Scottish Leaving Certificate Examination, 1957
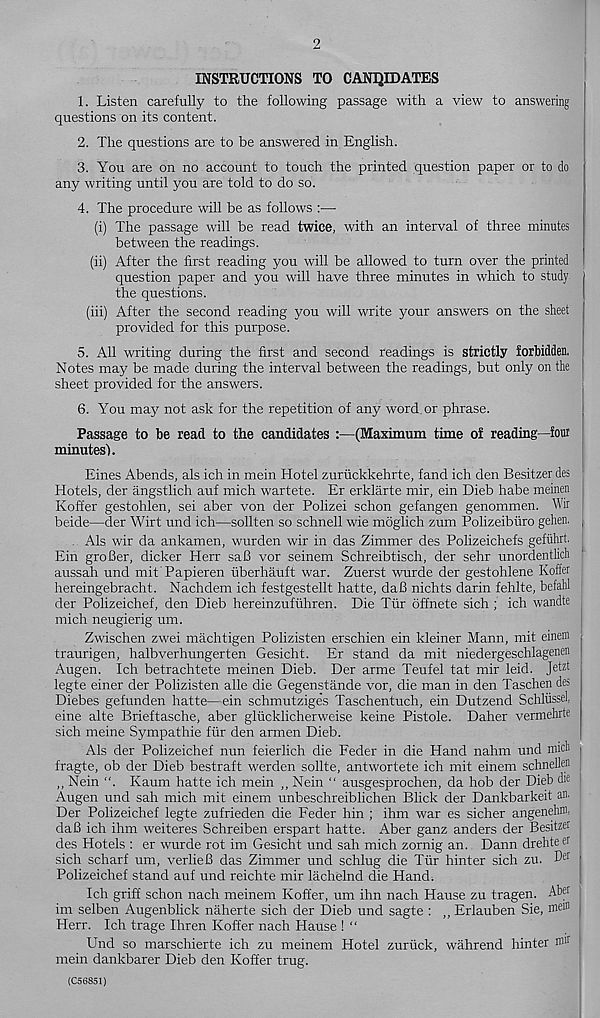
2
INSTRUCTIONS TO CANDIDATES
1. Listen carefully to the following passage with a view to answering
questions on its content.
2. The questions are to be answered in English.
3. You are on no account to touch the printed question paper or to do
any writing until you are told to do so.
4. The procedure will be as follows :—
(i) The passage will be read twice, with an interval of three minutes
between the readings.
(ii) After the first reading you will be allowed to turn over the printed
question paper and you will have three minutes in which to study
the questions.
(iii) After the second reading you will write your answers on the sheet
provided for this purpose.
5. All writing during the first and second readings is strictly forbidden,
Notes may be made during the interval between the readings, but only on the
sheet provided for the answers.
6. You may not ask for the repetition of any word or phrase.
Passage to be read to the candidates :—(Maximum time of reading—four
minutes).
Eines Abends, als ich in mein Hotel zuriickkehrte, fand ich den Besitzer des
Hotels, der angstlich auf mich wartete. Er erklarte mir, ein Dieb habe meinen
Koffer gestohlen, sei aber von der Polizei schon gefangen genommen. Wir
beide—der Wirt und ich—sollten so schnell wie moglich zum Polizeiburo gehen. ,
Als wir da ankamen, wurden wir in das Zimmer des Polizeichefs gefulirt.
Ein groBer, dicker Herr saB vor seinem Schreibtisch, der sehr unordentlich
aussah und mit'Papieren uberhauft war. Zuerst wurde der gestohlene Koffer
hereingebracht. Nachdem ich festgestellt hatte, daB nichts darin fehlte, befahl
der Polizeichef, den Dieb hereinzufuhren. Die Tiir offnete sich ; ich wandte
mich neugierig um.
Zwischen zwei machtigen Polizisten erschien ein kleiner Mann, mit einenr
traurigen, halbverhungerten Gesicht. Er stand da mit niedergeschlagenen
Augen. Ich betrachtete meinen Dieb. Der arme Teufel tat mir leid. Jetzt
legte einer der Polizisten alle die Gegenstande vor, die man in den Taschen des
Diebes gefunden hatte—ein schmutziges Taschentuch, ein Dutzend Schliissel,
eine alte Brieftasche, aber glucklicherweise keine Pistole. Daher vermehrte
sich meine Sympathie fur den armen Dieb.
Als der Polizeichef nun feierlich die Feder in die Hand nahm und mich |
fragte, ob der Dieb bestraft werden sollte, antwortete ich mit einem schnellen
,, Nein “. Kaum hatte ich mein ,, Nein “ ausgesprochen, da hob der Dieb die
Augen und sah mich mit einem unbeschreiblichen Blick der Dankbarkeit air
Der Polizeichef legte zufrieden die Feder hin ; ihm war es sicher angenehm,
daB ich ihm weiteres Schreiben erspart hatte. Aber ganz anders der Besitzer
des Hotels : er wurde rot im Gesicht und sah mich zornig an. Dann drehte er
sich scharf um, verlieB das Zimmer und schlug die Tur hinter sich zu. D er 1
Polizeichef stand auf und reichte mir lachelnd die Hand.
Ich griff schon nach meinem Koffer, um ihn nach Hause zu tragen. Aber
im selben Augenblick naherte sich der Dieb und sagte : ,, Erlauben Sie, mem
Herr. Ich trage Ihren Koffer nach Hause ! “
Und so marschierte ich zu meinem Hotel zuriick, wahrend hinter ® ir ’
mein dankbarer Dieb den Koffer trug.
(C56851)